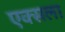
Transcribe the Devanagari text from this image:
एक्सला